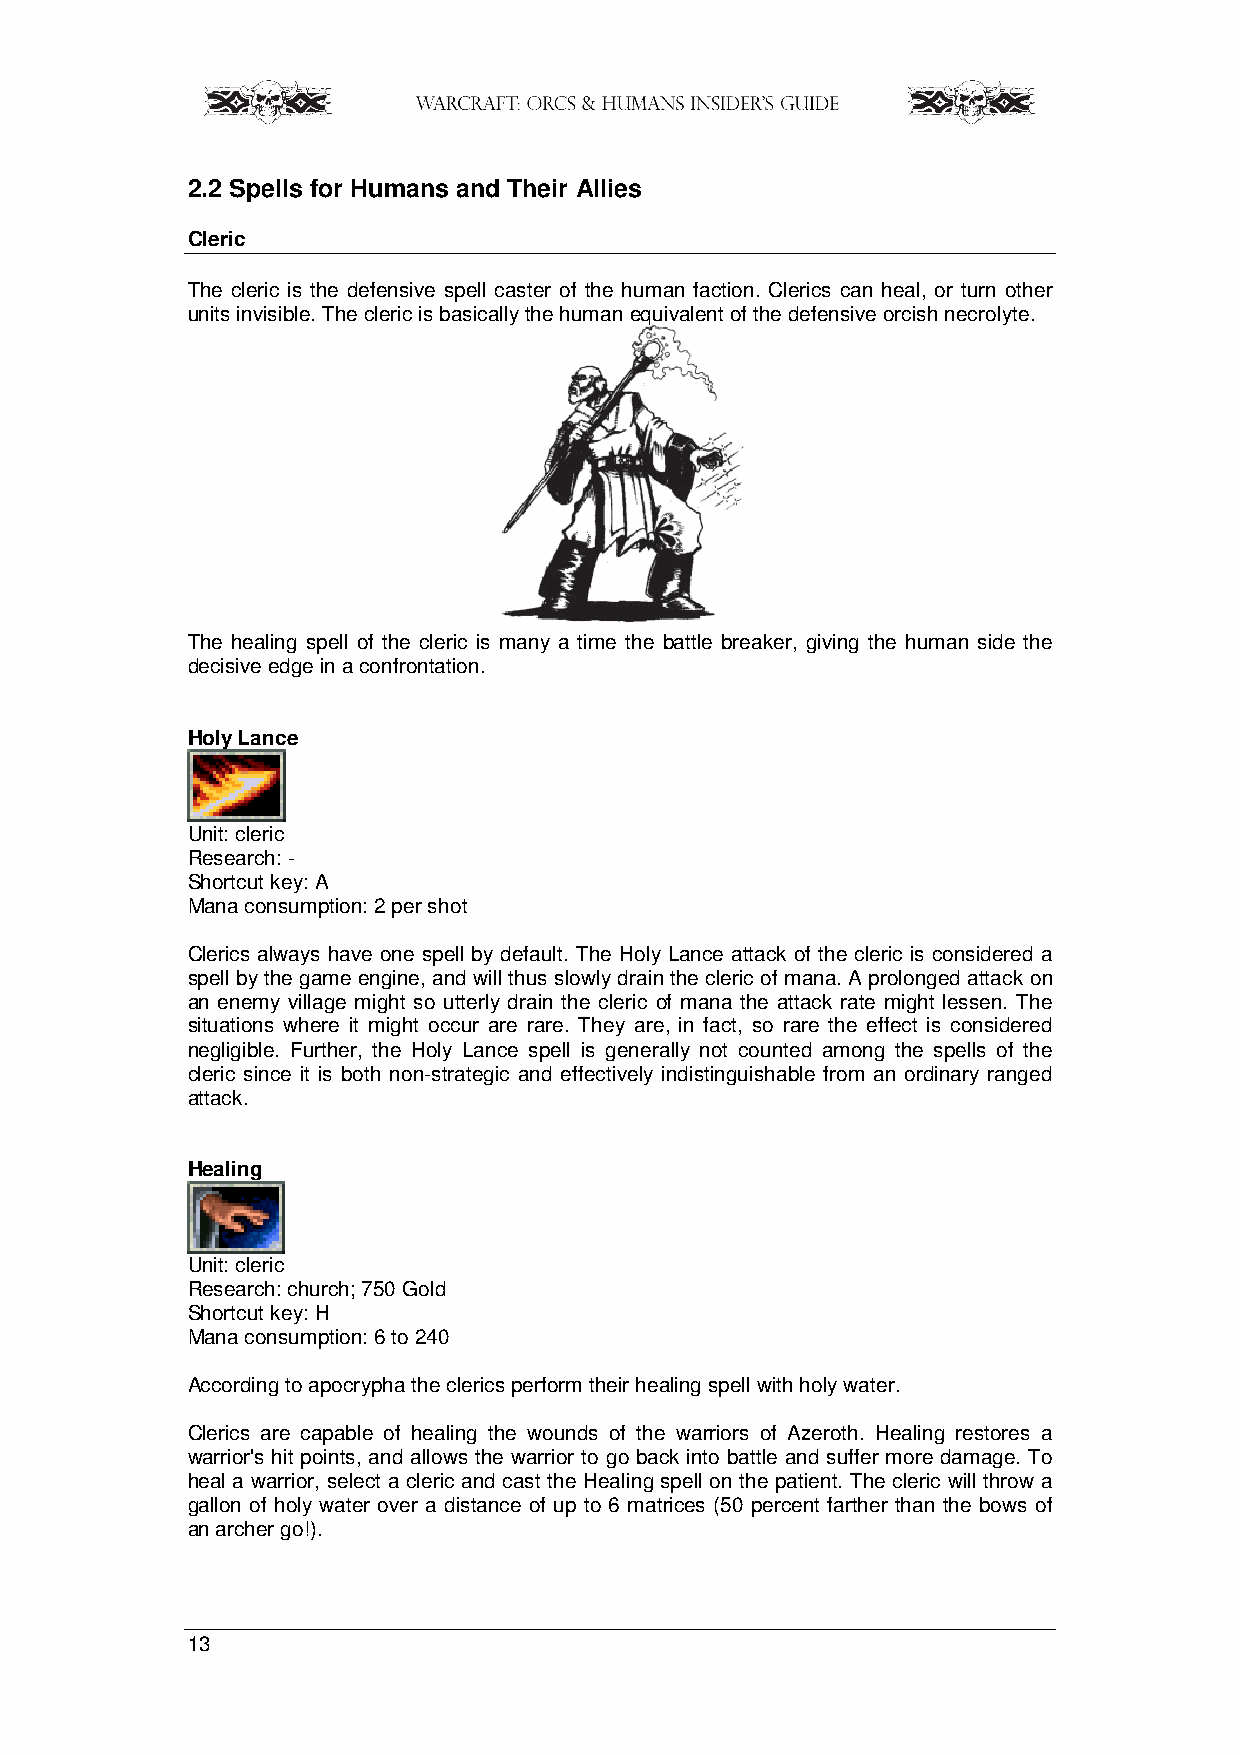
2.2 Spells for Humans and Their Allies
 Cleric
 The cleric is the defensive spell caster of the human faction. Clerics can heal, or turn other
 units invisible. The cleric is basically the human equivalent of the defensive orcish necrolyte.
 The healing spell of the cleric is many a time the battle breaker, giving the human side the
 decisive edge in a confrontation.
 Holy Lance
 Unit: cleric
 Research: -
 Shortcut key: A
 Mana consumption: 2 per shot
 Clerics always have one spell by default. The Holy Lance attack of the cleric is considered a
 spell by the game engine, and will thus slowly drain the cleric of mana. A prolonged attack on
 an enemy village might so utterly drain the cleric of mana the attack rate might lessen. The
 situations where it might occur are rare. They are, in fact, so rare the effect is considered
 negligible. Further, the Holy Lance spell is generally not counted among the spells of the
 cleric since it is both non-strategic and effectively indistinguishable from an ordinary ranged
 attack.
 Healing
 Unit: cleric
 Research: church; 750 Gold
 Shortcut key: H
 Mana consumption: 6 to 240
 According to apocrypha the clerics perform their healing spell with holy water.
 Clerics are capable of healing the wounds of the warriors of Azeroth. Healing restores a
 warrior's hit points, and allows the warrior to go back into battle and suffer more damage. To
 heal a warrior, select a cleric and cast the Healing spell on the patient. The cleric will throw a
 gallon of holy water over a distance of up to 6 matrices (50 percent farther than the bows of
 an archer go!).
 13